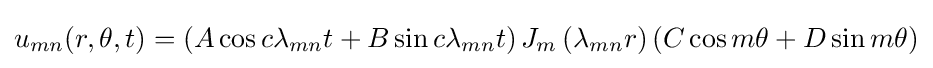
u_{mn}(r,\theta ,t)=\left(A\cos c\lambda _{mn}t+B\sin c\lambda _{mn}t\right)J_{m}\left(\lambda _{mn}r\right)(C\cos m\theta +D\sin m\theta )